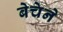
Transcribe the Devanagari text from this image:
बेचेने